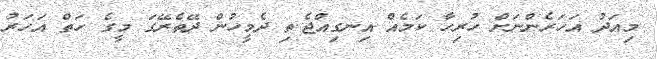
މިއަދު އަހަރެންނަށް ހުރިހާ ކަމެއް އިނގިއްޖެ.ތި ދެމީހުން ދޭތެރޭގަ މީގެ ހަތް އަަހަރު